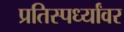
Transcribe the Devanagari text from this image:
प्रतिस्पर्ध्यांवर